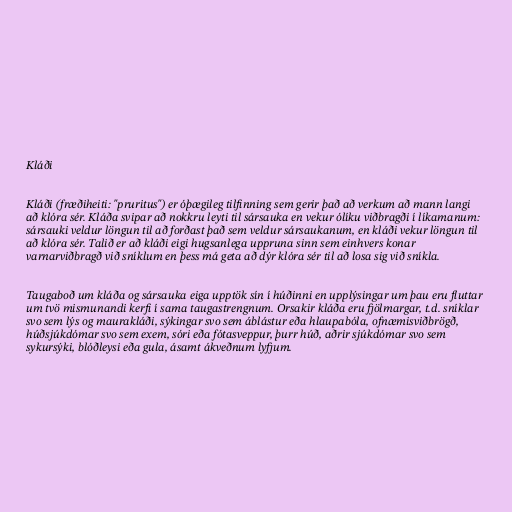
Kláði

Kláði (fræðiheiti: "pruritus") er óþægileg tilfinning sem gerir það að verkum að mann langi
að klóra sér. Kláða svipar að nokkru leyti til sársauka en vekur ólíku viðbragði í líkamanum:
sársauki veldur löngun til að forðast það sem veldur sársaukanum, en kláði vekur löngun til
að klóra sér. Talið er að kláði eigi hugsanlega uppruna sinn sem einhvers konar
varnarviðbragð við sníklum en þess má geta að dýr klóra sér til að losa sig við sníkla.

Taugaboð um kláða og sársauka eiga upptök sín í húðinni en upplýsingar um þau eru fluttar
um tvö mismunandi kerfi í sama taugastrengnum. Orsakir kláða eru fjölmargar, t.d. sníklar
svo sem lýs og maurakláði, sýkingar svo sem áblástur eða hlaupabóla, ofnæmisviðbrögð,
húðsjúkdómar svo sem exem, sóri eða fótasveppur, þurr húð, aðrir sjúkdómar svo sem
sykursýki, blóðleysi eða gula, ásamt ákveðnum lyfjum.